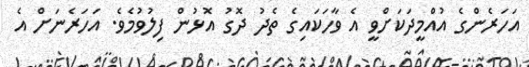
އަހަރެންގެ އުއްމީދަކަށްވީ އެ ވާހަކައިގެ ތެދު ދޮގު އޮޅުން ފިލުވުމެވެ. އަހަރެނަށް އެ